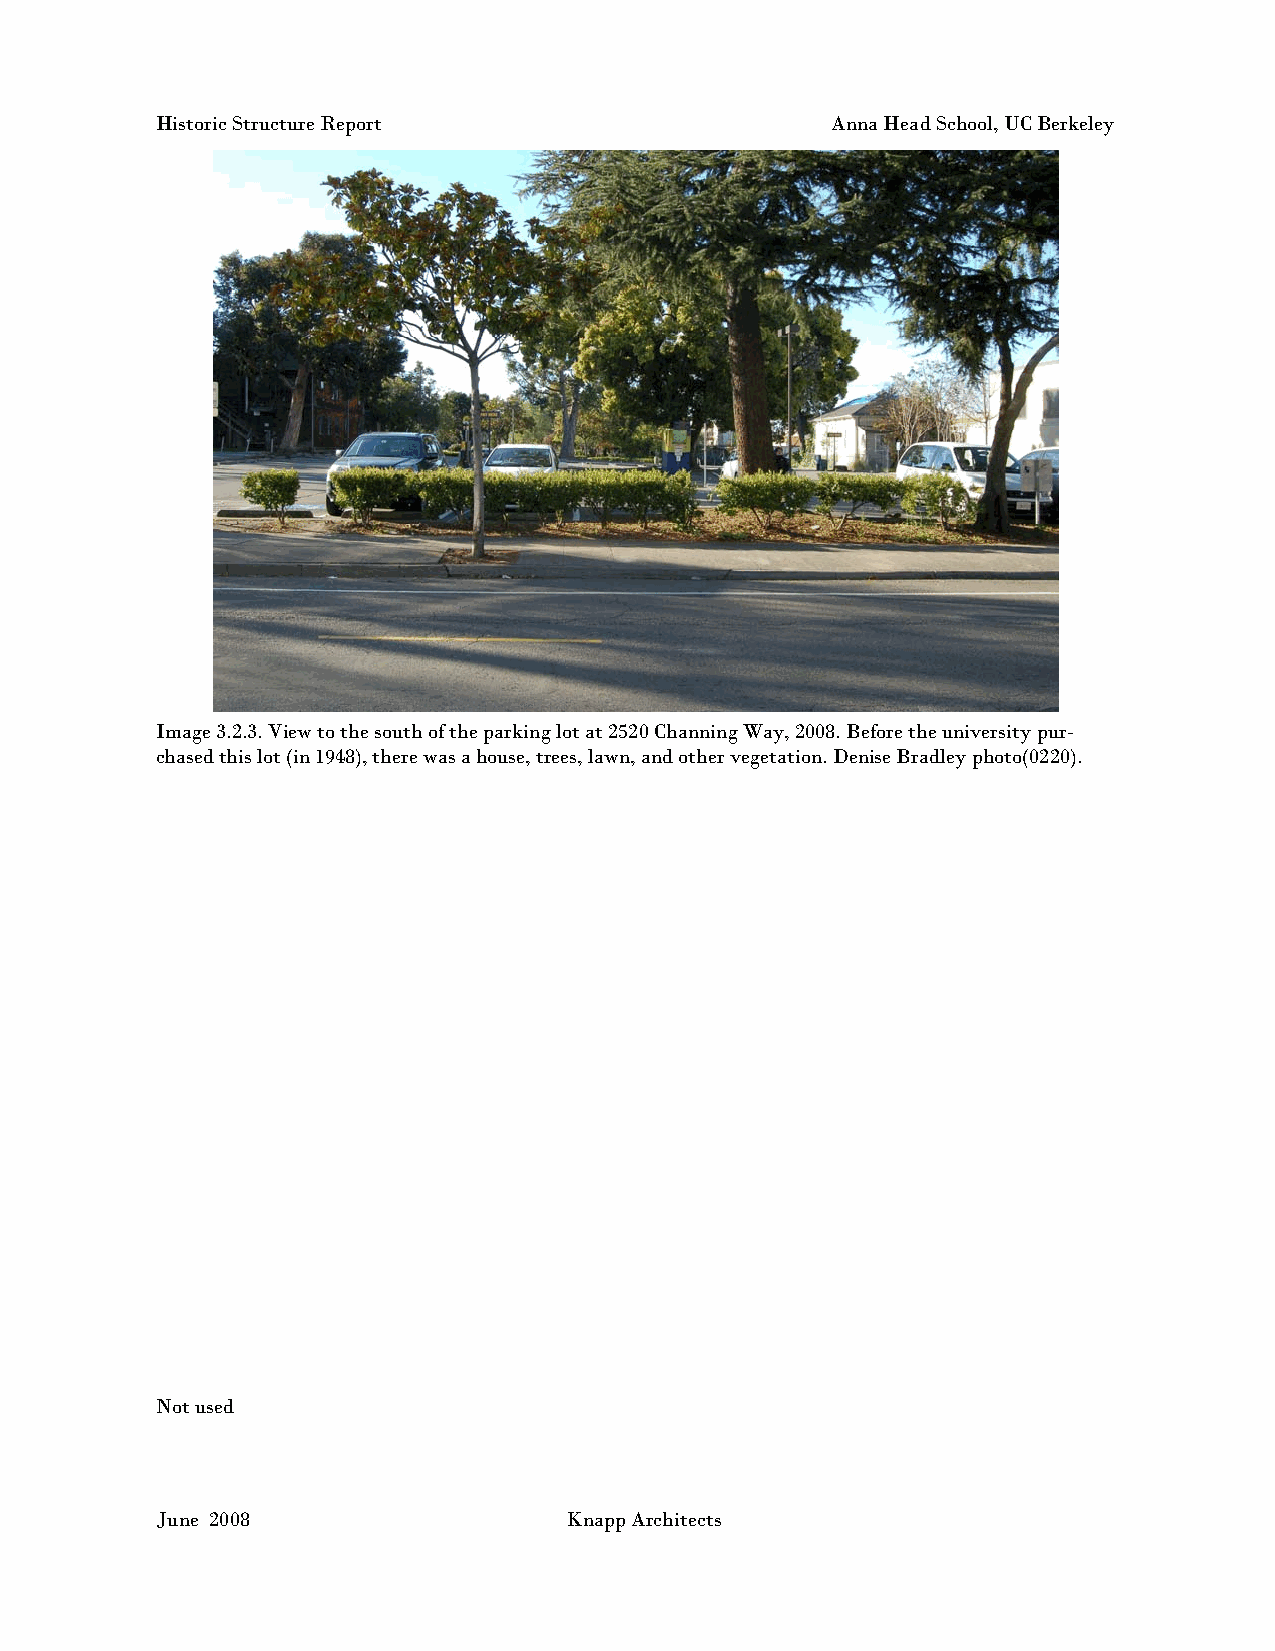
Historic Structure Report                    Anna Head School, UC Berkeley
 Image 3.2.3. View to the south of the parking lot at 2520 Channing Way, 2008. Before the university pur-
 chased this lot (in 1948), there was a house, trees, lawn, and other vegetation. Denise Bradley photo(0220).
 Not used
 June 2008                  Knapp Architects